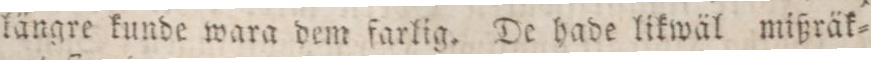
längre kunde wara dem farlig. De hade likwäl mißräk=